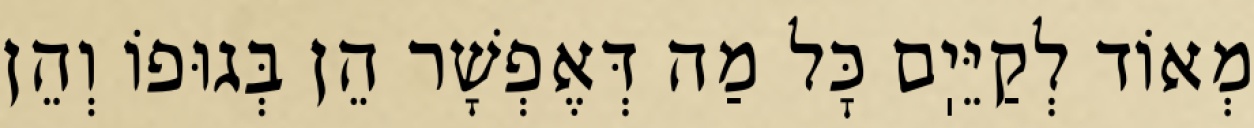
מְאוֹד לְקַיֵּיֽם כׇּל מַה דְּאֶפְשָׁר הֵן בְּגוּפוֹ וְהֵן